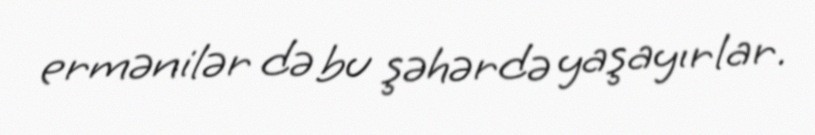
ermənilər də bu şəhərdə yaşayırlar.